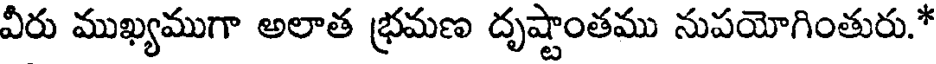
వీరు ముఖ్యముగా అలాత భ్రమణ దృష్టాంతము నుపయోగింతురు.*